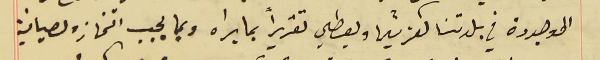
الموجودة في بلدتنا كفرشيما ويعطي تقريراً بما يراه وبما يجب اتخاذه لصيانية